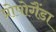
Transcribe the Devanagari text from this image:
प्रोपोगैंडा